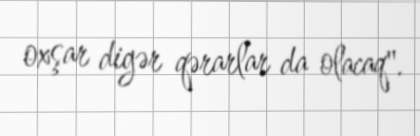
oxşar digər qərarlar da olacaq".